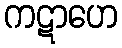
ကဋာဟေ